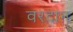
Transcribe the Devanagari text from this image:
वरदाऩ